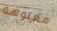
معتوهة